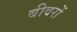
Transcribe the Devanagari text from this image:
बीवरों